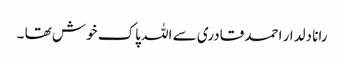
رانا دلدار احمد قادری سے اللہ‎ پاک خوش تھا ۔